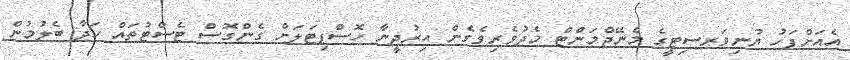
އެއަށްފަހު ޔުނިވަރސިޓީގެ މެނޭޖްމަންޓް މެދުވެރިވެގެން އިރުދީނާ ހޮސްޕިޓަލަށް ގެންގޮސް ޓެސްޓުތައް ހަދާ ބެލުމުން